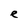
Character: e